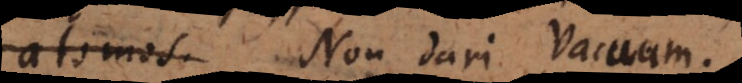
atomos. Non dari vacuum.